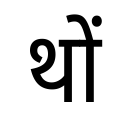
OCR:
थों